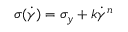
\sigma ( \dot { \gamma } ) = \sigma _ { y } + k \dot { \gamma } ^ { n }